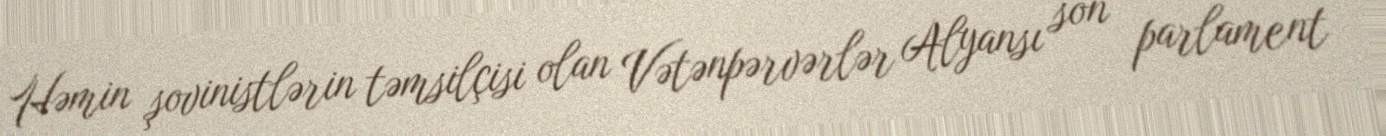
Həmin şovinistlərin təmsilçisi olan Vətənpərvərlər Alyansı son parlament